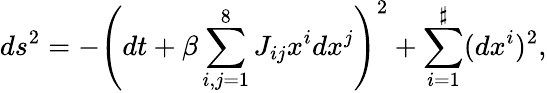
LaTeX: ds^{2}=-\left(dt+\beta\sum_{i,j=1}^{8}J_{ij}x^{i}dx^{j}\right)^{2}+\sum_{i=1}^{\sharp}(dx^{i})^{2},